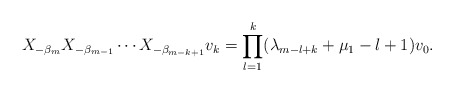
\begin{align*} X_{- \beta _m } X_{- \beta _{m-1} } \cdots X_{- \beta _{m-k+1} } v_k = \prod_{l=1}^{k} ( \lambda _{m-l+k} + \mu _1 -l+1 ) v_0 .\end{align*}